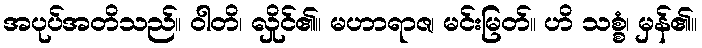
အပုပ်အတိသည်။ ဝါတိ၊ လှိုင်၏။ မဟာရာဇ၊ မင်းမြတ်။ ဟိ သစ္စံ၊ မှန်၏။